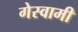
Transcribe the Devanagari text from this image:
गेस्वामी